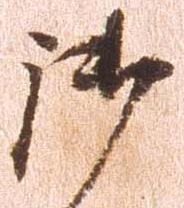
御